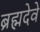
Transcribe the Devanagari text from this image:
ब्रह्मदेवे